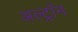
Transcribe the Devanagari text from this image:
अल्ट्राॅन